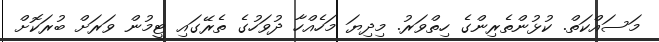
މަސައްކަތް. ކުޅުންތެރިންގެ ހިތްވަރު. މިދިޔަ މަހެއްހާ ދުވަހުގެ ތެރޭގައި ޓީމުން ވަރަށް ބުރަކޮށް